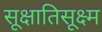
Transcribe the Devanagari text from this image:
सूक्षातिसूक्ष्म